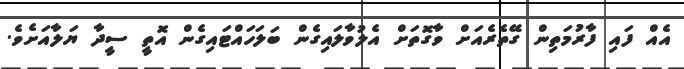
އެއް ފައި ފާރުމަތިން ގޭތެރެއަށް ވާގޮތަށް އެލުވާލައިގެން ބަލަހައްޓައިގެން އޮތީ ސީދާ ޔަލާއަށެވެ.